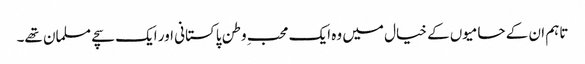
تاہم ان کے حامیوں کے خیال میں وہ ایک محبِ وطن پاکستانی اور ایک سچے مسلمان تھے۔